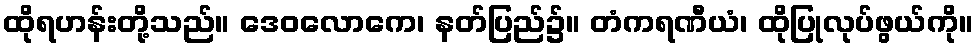
ထိုရဟန်းတို့သည်။ ဒေဝလောကေ၊ နတ်ပြည်၌။ တံကရဏီယံ၊ ထိုပြုလုပ်ဖွယ်ကို။